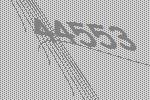
44553